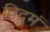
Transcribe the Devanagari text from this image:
विद्रुमं